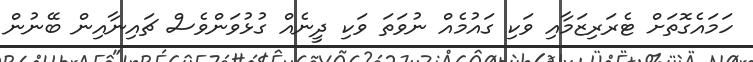
ހަމައެގޮތަށް ޓެރަރިޒަމާއި ވަކި ގައުމެއް ނުވަތަ ވަކި ދީނެއް ގުޅުވަންވެސް ޗައިނާއިން ބޭނުން